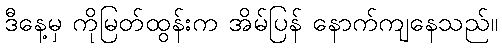
ဒီနေ့မှ ကိုမြတ်ထွန်းက အိမ်ပြန် နောက်ကျနေသည်။